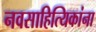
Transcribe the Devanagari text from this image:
नवसाहित्यिकांना